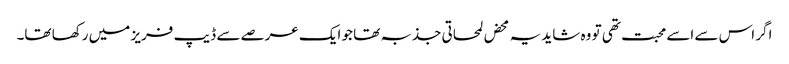
اگر اس سے اسے محبت تھی تو وہ شاید یہ محض لمحاتی جذبہ تھا جو ایک عرصے سے ڈیپ فریز میں رکھا تھا۔